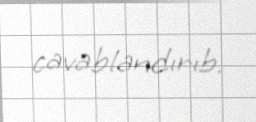
cavablandırıb.